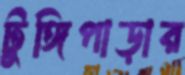
টুঙ্গিপাড়ার